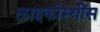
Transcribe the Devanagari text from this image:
लाइकोस्थींस